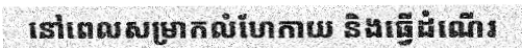
នៅពេលសម្រាកលំហែកាយ និងធ្វើដំណើរ